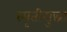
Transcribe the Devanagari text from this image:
स्मृतीसुद्धा